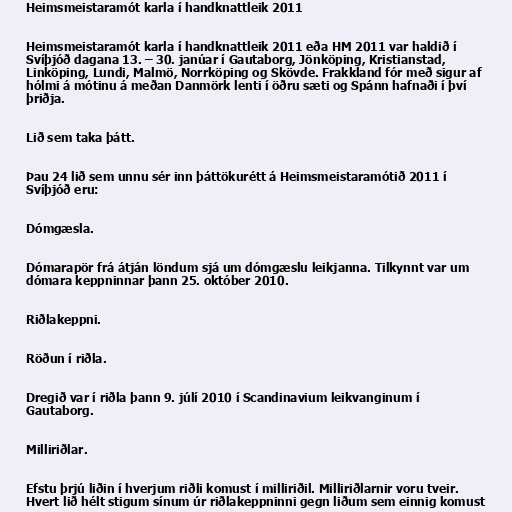
Heimsmeistaramót karla í handknattleik 2011

Heimsmeistaramót karla í handknattleik 2011 eða HM 2011 var haldið í
Svíþjóð dagana 13. – 30. janúar í Gautaborg, Jönköping, Kristianstad,
Linköping, Lundi, Malmö, Norrköping og Skövde. Frakkland fór með sigur af
hólmi á mótinu á meðan Danmörk lenti í öðru sæti og Spánn hafnaði í því
þriðja.

Lið sem taka þátt.

Þau 24 lið sem unnu sér inn þáttökurétt á Heimsmeistaramótið 2011 í
Svíþjóð eru:

Dómgæsla.

Dómarapör frá átján löndum sjá um dómgæslu leikjanna. Tilkynnt var um
dómara keppninnar þann 25. október 2010.

Riðlakeppni.

Röðun í riðla.

Dregið var í riðla þann 9. júlí 2010 í Scandinavium leikvanginum í
Gautaborg.

Milliriðlar.

Efstu þrjú liðin í hverjum riðli komust í milliriðil. Milliriðlarnir voru tveir.
Hvert lið hélt stigum sínum úr riðlakeppninni gegn liðum sem einnig komust